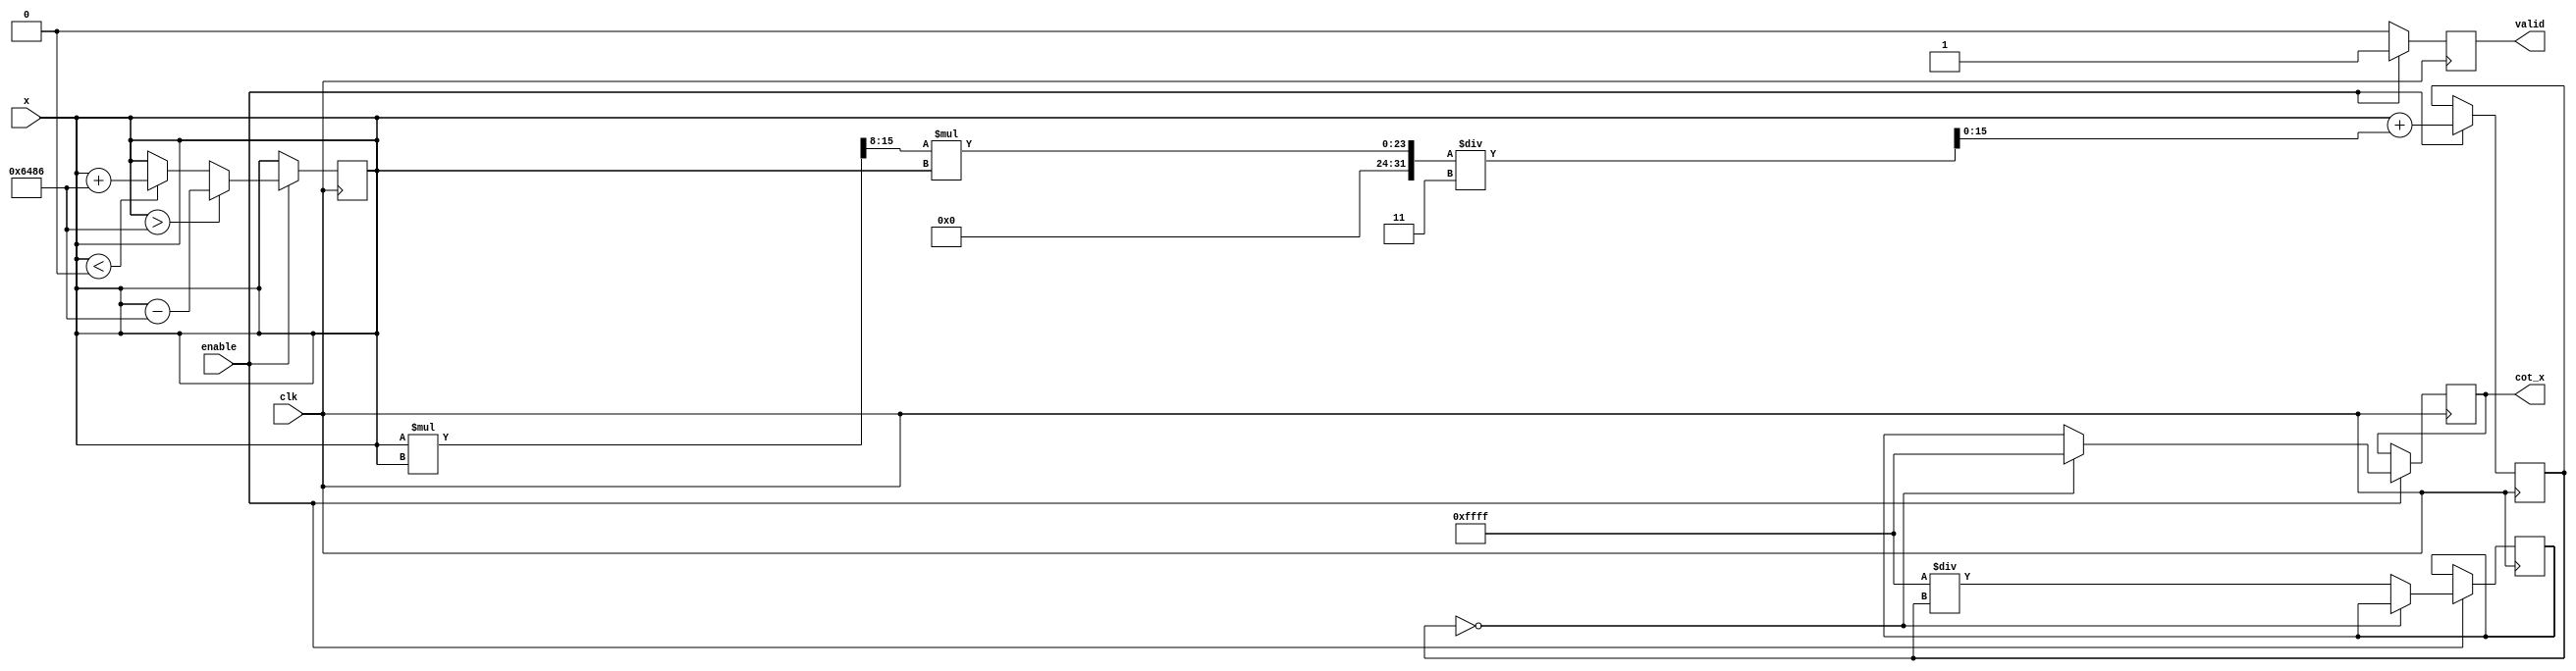
module cotangent (
    input wire [15:0] x,          // Input angle in radians (fixed-point)
    input wire clk,               // Clock signal
    input wire enable,            // Enable signal
    output reg [15:0] cot_x,      // Cotangent output (fixed-point)
    output reg valid              // Output valid signal
);

    reg [15:0] tan_x;             // Tangent value (fixed-point)
    reg [15:0] tan_x_inv;         // Inverse of tangent
    reg [15:0] pi;                // Value of  in fixed-point
    reg [15:0] pi_over_2;         // Value of /2 in fixed-point

    // Fixed-point representation constants
    initial begin
        pi = 16'h3243;           // Approximation of  (3.14159) in fixed-point
        pi_over_2 = 16'h1921;    // Approximation of /2 (1.57079) in fixed-point
    end

    // Compute tangent using Taylor series expansion
    function [15:0] tan_func(input [15:0] angle);
        reg [15:0] angle_squared;
        begin
            angle_squared = (angle * angle) >> 8; // x^2
            tan_func = angle + (angle_squared * angle) / 3; // x + x^3/3
        end
    endfunction

    // Compute cotangent
    always @(posedge clk) begin
        if (enable) begin
            // Normalize angle to [0, 2]
            if (x > 2 * pi) begin
                x <= x - 2 * pi;
            end else if (x < 0) begin
                x <= x + 2 * pi;
            end
            
            // Compute tangent
            tan_x <= tan_func(x);
            
            // Check for tan(x) = 0 to avoid division by zero
            if (tan_x == 0) begin
                cot_x <= 16'hFFFF; // Return a predefined error code (e.g., -1 or infinity)
                valid <= 1;
            end else begin
                // Compute reciprocal of tangent
                tan_x_inv <= 16'hFFFF / tan_x; // Simple division
                cot_x <= tan_x_inv;
                valid <= 1;
            end
        end else begin
            valid <= 0; // Output not valid when not enabled
        end
    end
endmodule